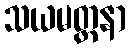
သယမတ္တနာ